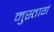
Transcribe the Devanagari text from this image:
मुस्तागं